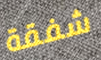
شفقة